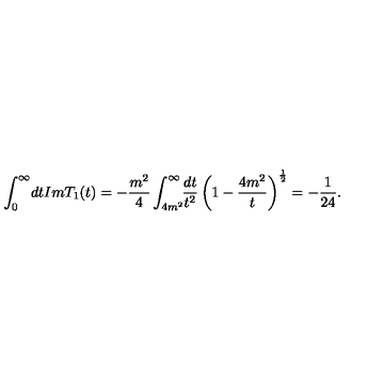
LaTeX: \int _ { 0 } ^ { \infty } \! d t I m T _ { 1 } ( t ) = - \frac { m ^ { 2 } } { 4 } \int _ { 4 m ^ { 2 } } ^ { \infty } \! \! \frac { d t } { t ^ { 2 } } \left( 1 - \frac { 4 m ^ { 2 } } { t } \right) ^ { \frac { 1 } { 2 } } = - \frac { 1 } { 2 4 } .